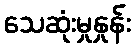
သေဆုံးမှုနှုန်း